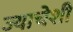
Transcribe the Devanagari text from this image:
ज्याचेशी